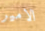
الامير